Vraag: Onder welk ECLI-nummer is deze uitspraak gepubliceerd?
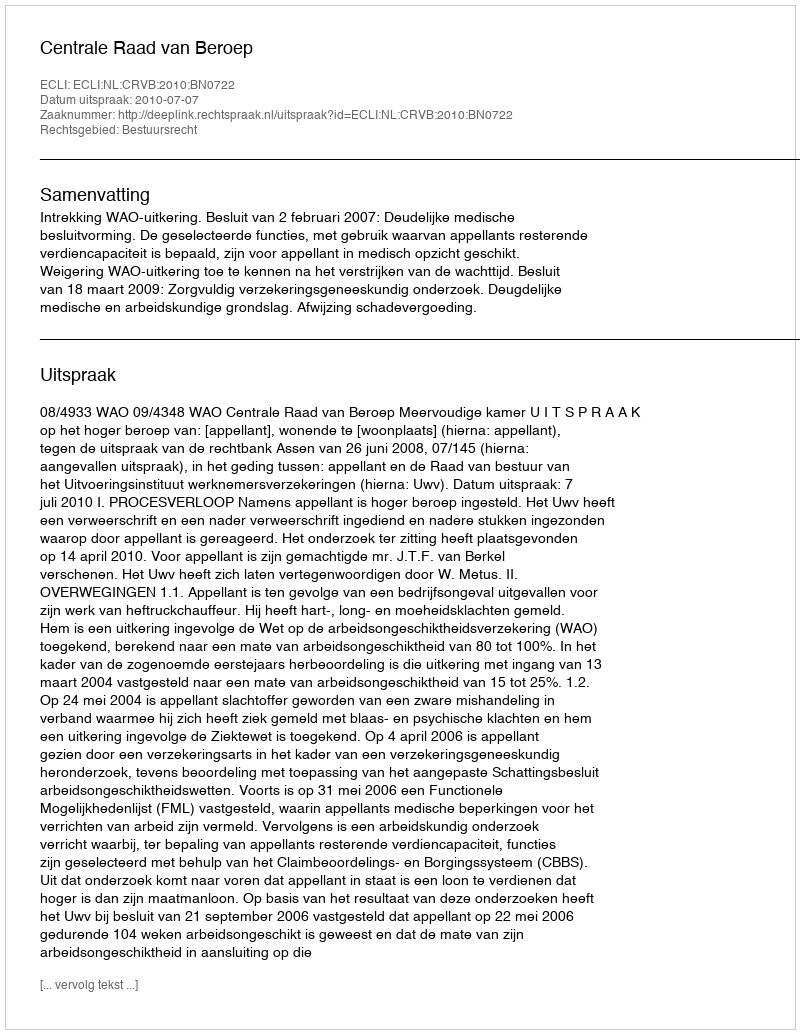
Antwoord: ECLI:NL:CRVB:2010:BN0722